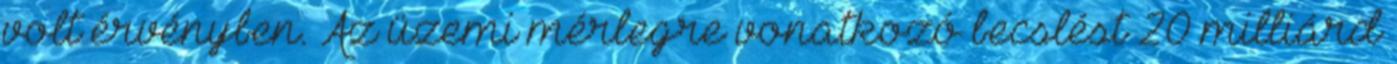
volt érvényben. Az üzemi mérlegre vonatkozó becslést 20 milliárd